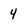
Character: 4